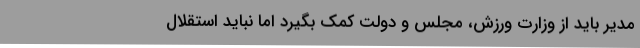
مدیر باید از وزارت ورزش، مجلس و دولت کمک بگیرد اما نباید استقلال